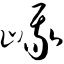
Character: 峨